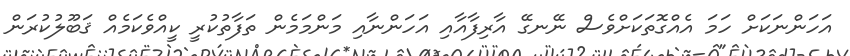
އަހަންނަކަށް ހަމަ އެއްގޮތަކަށްވެސް ނޭނގޭ އާރިފާއާއި އަހަންނާއި މަންމަމެން ތަފާތުކުރީ ކީއްވެކަމެއް ޤަބޫލުކުރަން